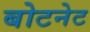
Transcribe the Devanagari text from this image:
बोटनेट